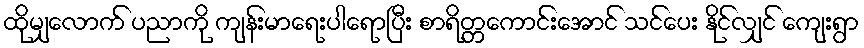
ထိုမျှလောက် ပညာကို ကျန်းမာရေးပါရောပြီး စာရိတ္တကောင်းအောင် သင်ပေး နိုင်လျှင် ကျေးရွာ